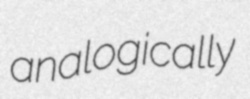
analogically